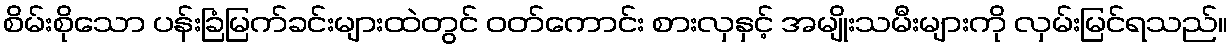
စိမ်းစိုသော ပန်းခြံမြက်ခင်းများထဲတွင် ဝတ်ကောင်း စားလှနှင့် အမျိုးသမီးများကို လှမ်းမြင်ရသည်။